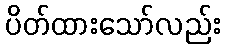
ပိတ်ထားသော်လည်း